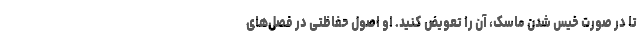
تا در صورت خیس شدن ماسک، آن را تعویض کنید. او اصول حفاظتی در فصل‌های